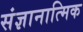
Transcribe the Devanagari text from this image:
संज्ञानात्मिक